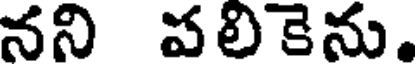
నని పలికెను.